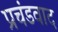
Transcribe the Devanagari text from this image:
प्रचंडवाद